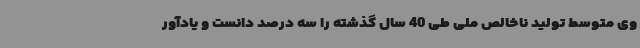
وی متوسط تولید ناخالص ملی طی 40 سال گذشته را سه درصد دانست و یادآور